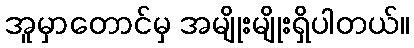
အူမှာတောင်မှ အမျိုးမျိုးရှိပါတယ်။